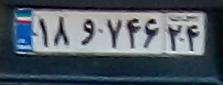
۱۸و۷۴۶۲۴